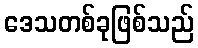
ဒေသတစ်ခုဖြစ်သည်